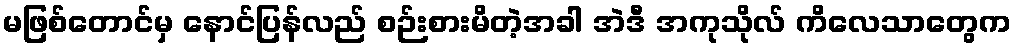
မဖြစ်တောင်မှ နောင်ပြန်လည် စဉ်းစားမိတဲ့အခါ အဲဒီ အကုသိုလ် ကိလေသာတွေက